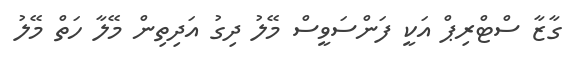
ގާޒާ ސްޓްރިޕް އަކީ ފަންސަވީސް މޭލު ދިގު އަދިތިން މޭލާ ހަތް މޭލު